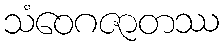
သံဝေဂဇာတဿ